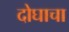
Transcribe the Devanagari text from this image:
दोघाचा